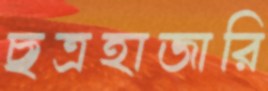
ছত্রহাজারি